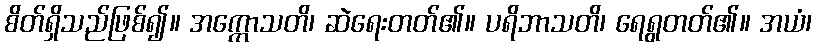
စိတ်ရှိသည်ဖြစ်၍။ အက္ကောသတိ၊ ဆဲရေးတတ်၏။ ပရိဘာသတိ၊ ရေရွတတ်၏။ အယံ၊